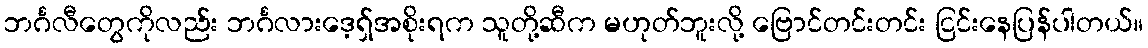
ဘင်္ဂလီတွေကိုလည်း ဘင်္ဂလားဒေ့ရှ်အစိုးရက သူတို့ဆီက မဟုတ်ဘူးလို့ ဗြောင်တင်းတင်း ငြင်းနေပြန်ပါတယ်။